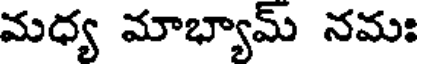
మధ్య మాభ్యామ్ నమః